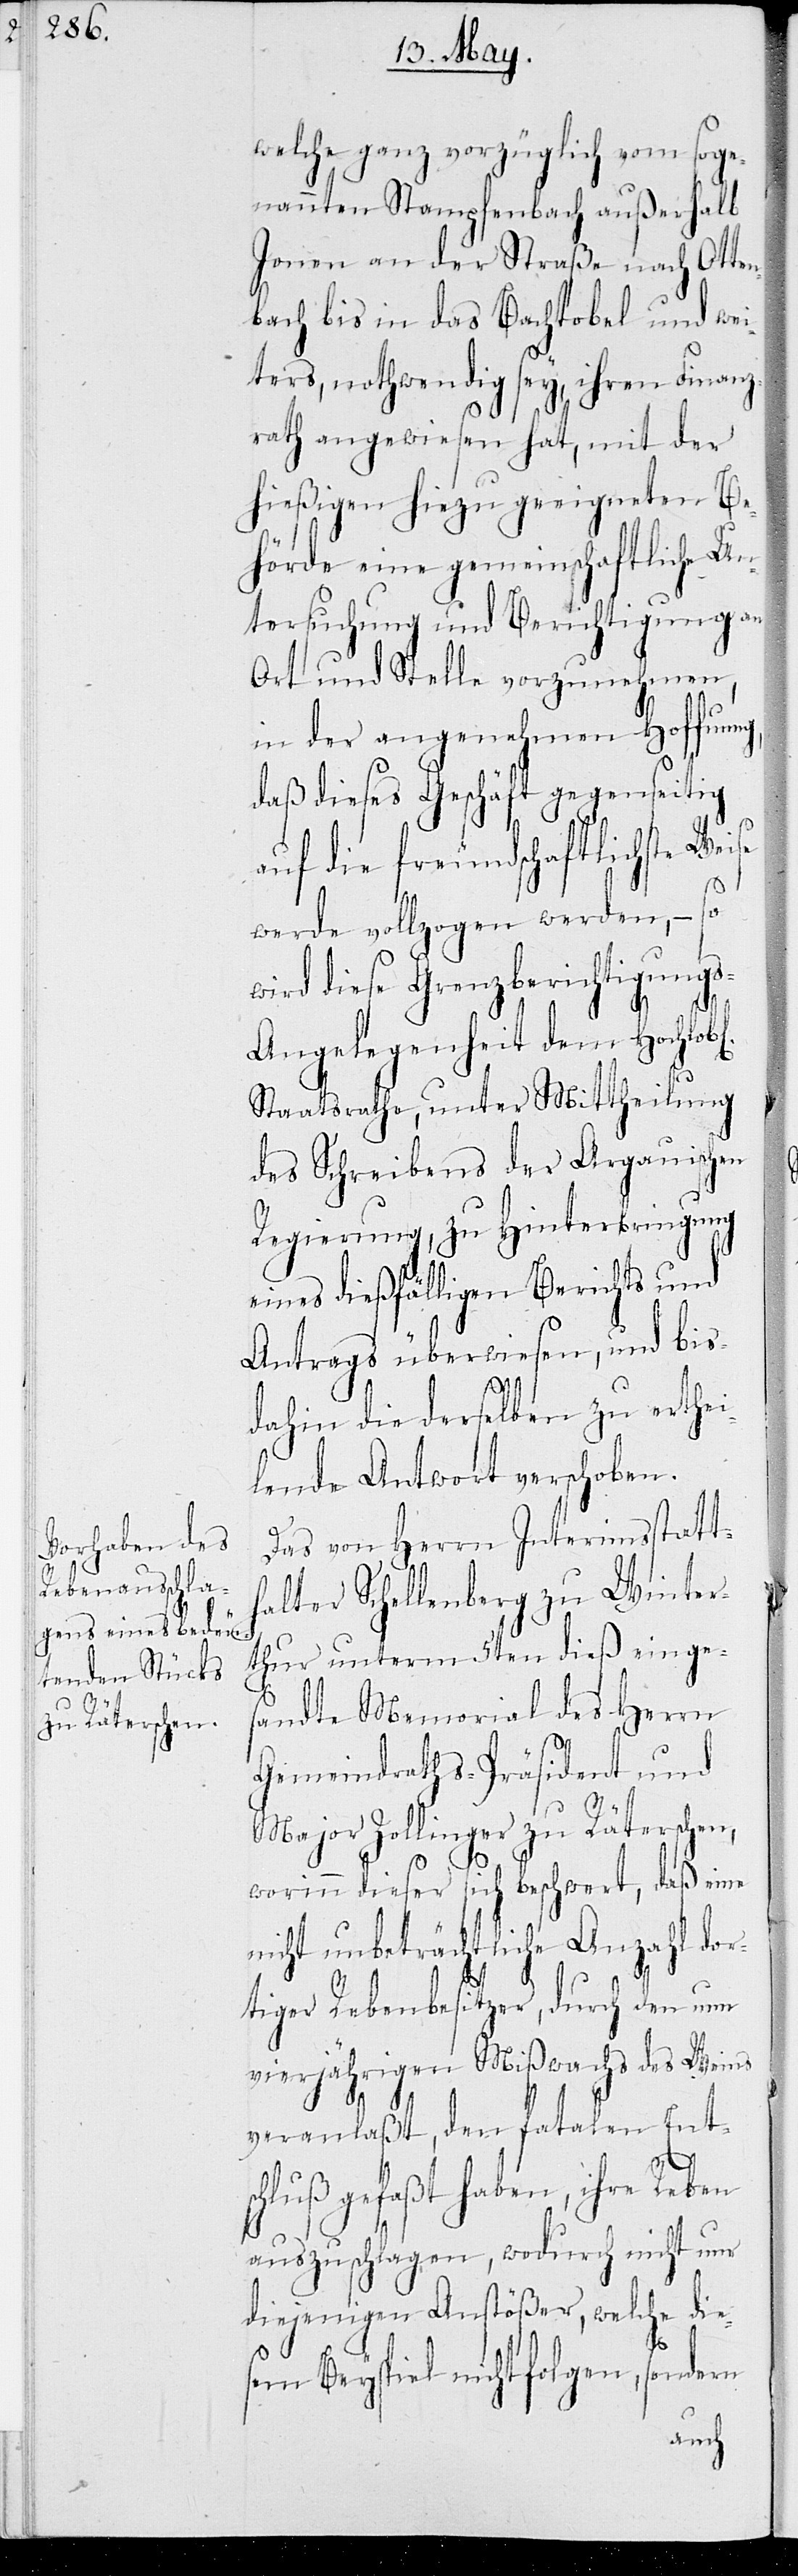
welche ganz vorzüglich vom soge¬
nannten Stampfenbach außerhalb
Jonen an der Straße nach Otten¬
bach bis in das Bachtobel und wei¬
ters, nothwendig sey, ihren Finanz¬
rath angewiesen hat, mit der
hießigen hiezu geeigneten Be¬
hörde eine gemeinschaftliche Un¬
tersuchung und Berichtigung an
Ort und Stelle vorzunehmen,
in der angenehmen Hoffnung,
daß dieses Geschäft gegenseitig
auf die freundschaftlichste Wei¬
se
werde vollzogen werden, – so
wird diese Grenzberichtigung¬
s-Angelegenheit dem Hochlobl.
Staatsrathe, unter Mittheilung
des Schreibens der Argauischen
Regierung, zu Hinterbringung
eines dießfälligen Berichts und
Antrags überwiesen, und bis¬
dahin die derselben zu erthei¬
lende Antwort verschoben.
Das von Herrn Interimsstatt¬
halter Schellenberg zu Winter¬
thur unterm 5ten dieß einge¬
sandte Memorial des Herrn
Gemeindraths-Präsident und
Major Zollinger zu Räterschen,
worinn dieser sich beschwert, daß eine
nicht unbeträchtliche Anzahl dor¬
tiger Rebenbesitzer, durch den nun
vierjährigen Mißwachs des Weins
veranlaßt, den fatalen Ents¬
chluß gefaßt haben, ihre Reben
auszuschlagen, wodurch nicht nur
diejenigen Anstößer, welche die¬
sem Beyspiel nicht folgen, sondern